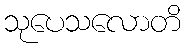
သုပေသလောတိ